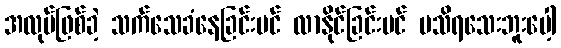
အလုပ်ဖြစ်ခဲ့ သက်သေခံနေခြင်းပင် လာနိုင်ခြင်းပင် မသိရသေးဘူးပေါ့